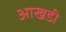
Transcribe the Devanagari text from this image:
आखडी